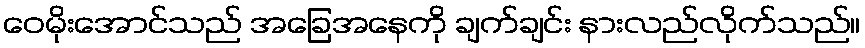
ဝေမိုးအောင်သည် အခြေအနေကို ချက်ချင်း နားလည်လိုက်သည်။